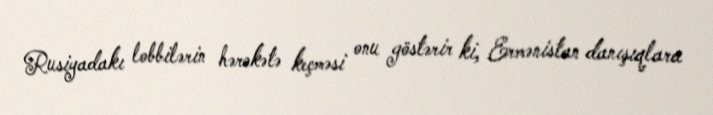
Rusiyadakı lobbilərin hərəkətə keçməsi onu göstərir ki, Ermənistan danışıqlara